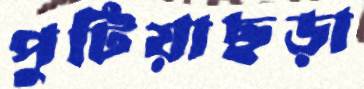
পুটিয়াছড়া